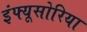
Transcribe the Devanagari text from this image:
इंफ्यूसोरिया